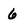
Character: 6